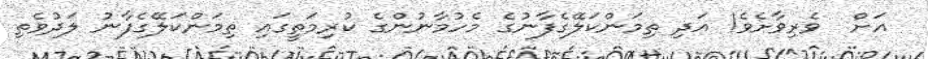
އަށް  ވެރިވާށެވެ! އަދި ތިމަންކަލޭގެފާނުގެ މެހުމާނުންގެ ކުރިމަތީގައި ތިމަންކަލޭގެފާނު ލަދުވެތި